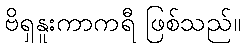
ဗိရှနူးကာကရီ ဖြစ်သည်။